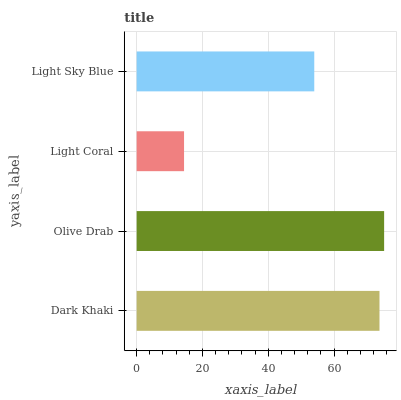
| yaxis_label | bars |
 | --- | --- |
 | Dark Khaki | 73.8 |
 | Olive Drab | 75.2 |
 | Light Coral | 14.4 |
 | Light Sky Blue | 54 |